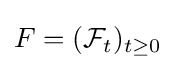
F=({\mathcal {F}}_{t})_{t\geq 0}